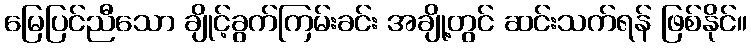
မြေပြင်ညီသော ချိုင့်ခွက်ကြမ်းခင်း အချို့တွင် ဆင်းသက်ရန် ဖြစ်နိုင်။